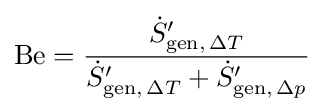
\mathrm {Be} ={\frac {{\dot {S}}'_{\mathrm {gen} ,\,\Delta T}}{{\dot {S}}'_{\mathrm {gen} ,\,\Delta T}+{\dot {S}}'_{\mathrm {gen} ,\,\Delta p}}}